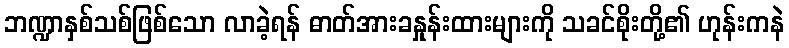
ဘဏ္ဍာနှစ်သစ်ဖြစ်သော လာခဲ့ရန် ဓာတ်အားခနှုန်းထားများကို သခင်စိုးတို့၏ ဟုန်းကနဲ